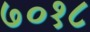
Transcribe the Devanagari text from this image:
७०१८